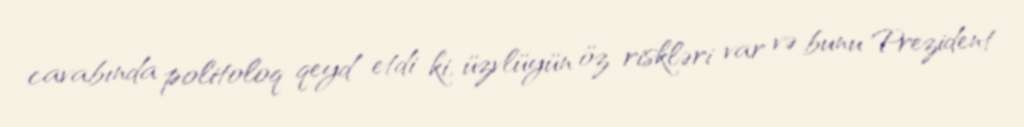
cavabında politoloq qeyd etdi ki, üzvlüyün öz riskləri var və bunu Prezident